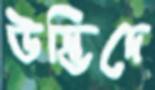
উদ্ভিদে